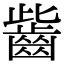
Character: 𪗶